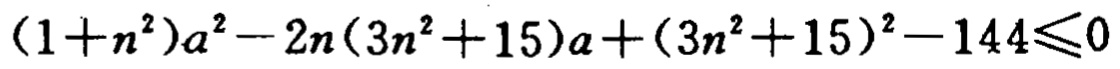
\((1 + n^{2})a^{2}-2n(3n^{2}+15)a+(3n^{2}+15)^{2}-144\leqslant0\)